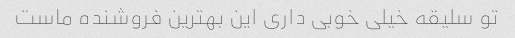
تو سلیقه خیلی خوبی داری این بهترین فروشنده ماست